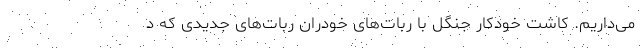
می‌داریم. کاشت خودکار جنگل با ربات‌های خودران ربات‌های جدیدی که د